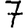
Digit: 7